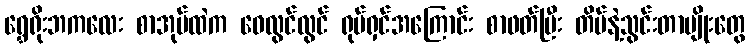
ရွှေရိုးဘကလေး စာအုပ်ထဲက ဝေလွင်လွင် ရုပ်ရှင်အကြောင်း စာဖတ်ပြီး တိပ်နဲ့သွင်းတာမျိုးတွေ